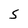
Character: S